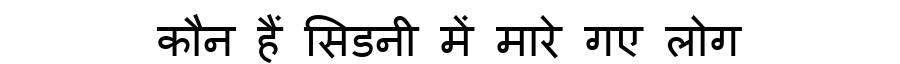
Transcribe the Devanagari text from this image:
कौन हैं सिडनी में मारे गए लोग